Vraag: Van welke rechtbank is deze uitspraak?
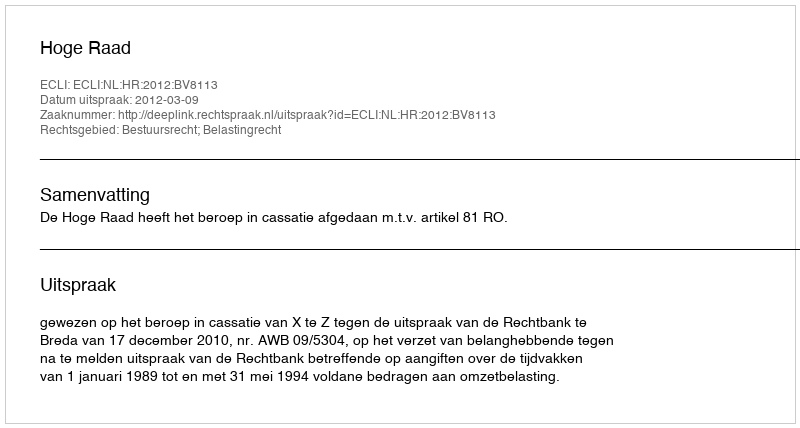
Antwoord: Hoge Raad